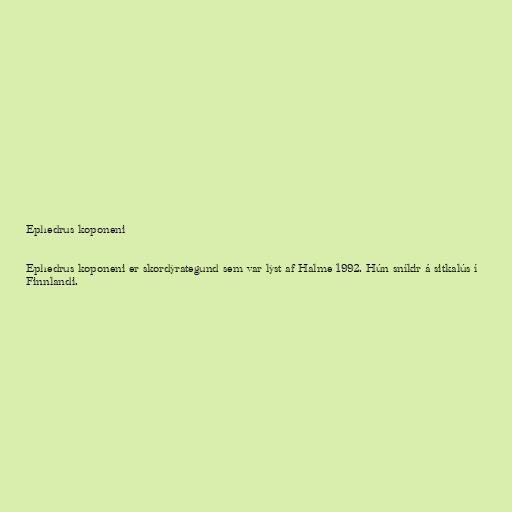
Ephedrus koponeni

Ephedrus koponeni er skordýrategund sem var lýst af Halme 1992. Hún sníkir á sitkalús í
Finnlandi.